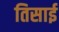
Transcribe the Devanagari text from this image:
तिसाई